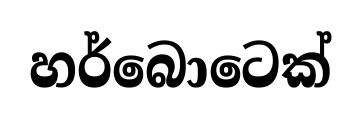
හර්බොටෙක්